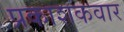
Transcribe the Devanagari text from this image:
प्रकाशकवार